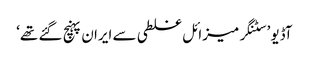
آڈیو ’سٹنگر میزائل غلطی سے ایران پہنچ گئے تھے‘